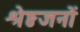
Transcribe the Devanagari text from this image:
श्रेष्ठजनों